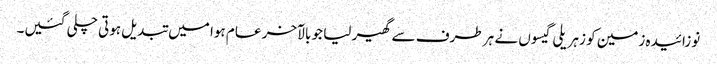
نوزائیدہ زمین کو زہریلی گیسوں نے ہر طرف سے گھیر لیا جو بالآخر عام ہوا میں تبدیل ہوتی چلی گئیں۔